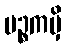
မဉ္စကမှိ